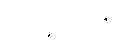
အိမ်ထဲသို့